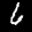
Label: 6